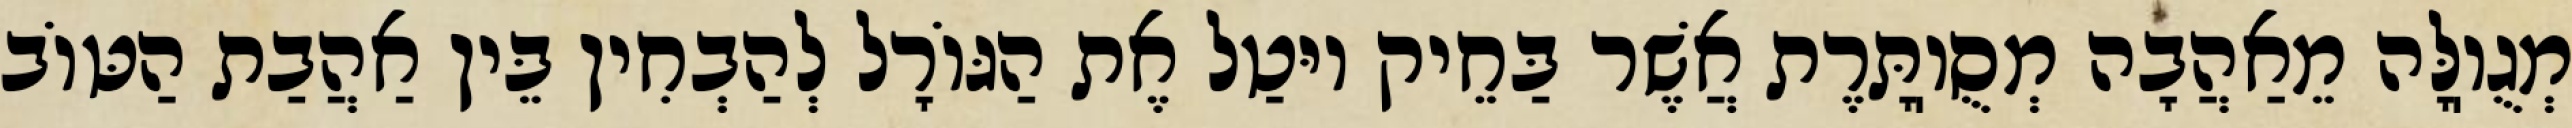
מְגֻוֽלָּה מֵאַהֲבָה מְסֻוֽתָּרֶת אֲשֶׁר בַּחֵיק יוּטַל אֶת הַגּוֹרָל לְהַבְחִין בֵּין אַהֲבַת הַטּוֹב